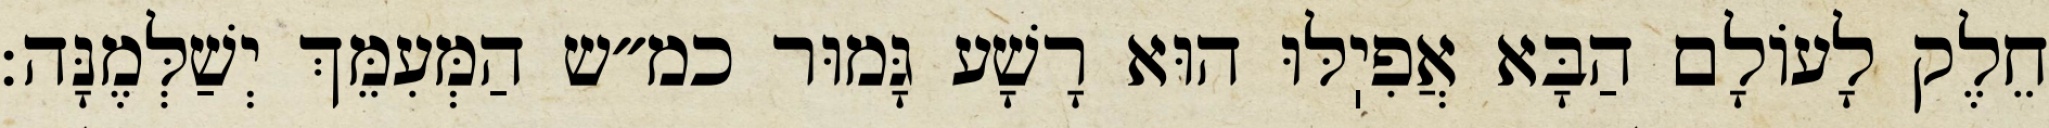
חֵלֶק לָעוֹלָם הַבָּא אֲפִיֽלּוּ הוּא רָשָׁע גָּמוּר כמ״ש הַמְּעִמֵּךְ יְשַׁלְּמֶנָּה: